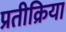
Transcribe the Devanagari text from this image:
प्रतीक्रिया